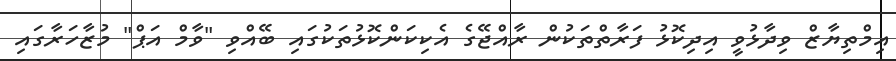
އިމްތިޔާޒް ވިދާޅުވީ އިދިކޮޅު ފަރާތްތަކުން ރާއްޖޭގެ އެކިކަންކޮޅުތަކުގައި ބޭއްވި "ވާމް އަޕް" މުޒާހަރާގައި